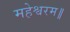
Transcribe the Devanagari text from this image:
महेश्वरम॥